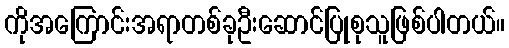
ကိုအကြောင်းအရာတစ်ခုဦးဆောင်ပြုစုသူဖြစ်ပါတယ်။